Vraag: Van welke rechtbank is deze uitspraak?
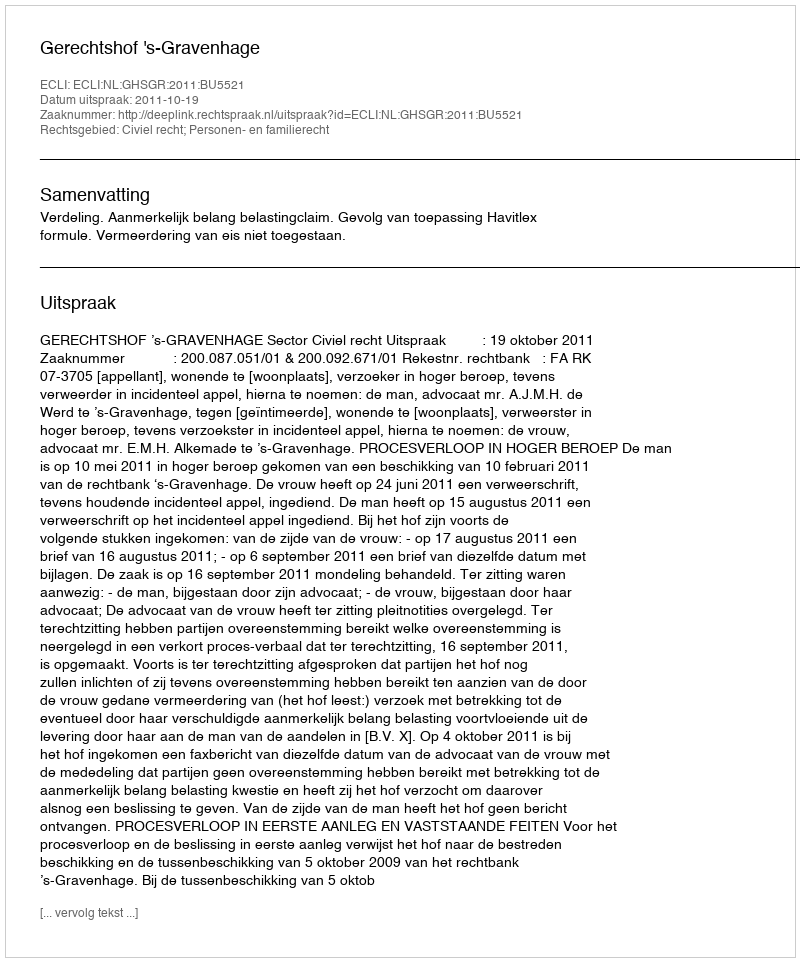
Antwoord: Gerechtshof 's-Gravenhage